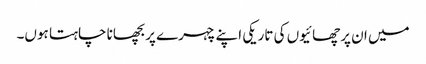
میں ان پرچھائیوں کی تاریکی اپنے چہرے پر بچھانا چاہتا ہوں۔